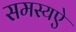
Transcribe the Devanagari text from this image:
समस्यऐ